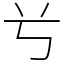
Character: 𠔃